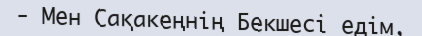
- Мен Сақакеңнің Бекшесі едім,